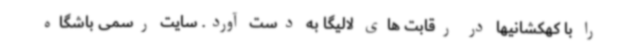
را با کهکشانیها در رقابت های لالیگا به دست آورد. سایت رسمی باشگاه